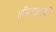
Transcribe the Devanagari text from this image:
बीरशहाची